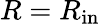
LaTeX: R=R_{\mathrm{in}}